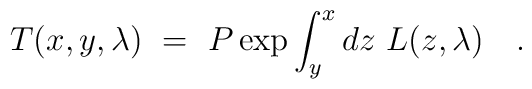
T(x,y,\lambda)~=~P \exp \int_y^x dz~L(z,\lambda)~~~.